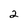
Character: 2